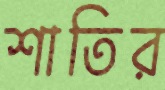
শাতির